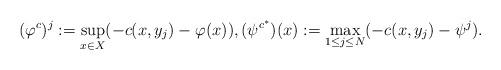
LaTeX: \begin{align*}(\varphi^c)^j:=\sup_{x\in X}(-c(x, y_j)-\varphi(x)),(\psi^{c^*})(x):=\max_{1\leq j\leq N}(-c(x, y_j)-\psi^j).\end{align*}